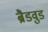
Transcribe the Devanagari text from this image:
ब्रैडवुड